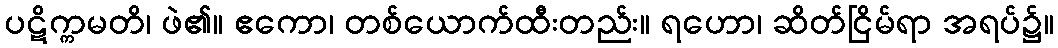
ပဋိက္ကမတိ၊ ဖဲ၏။ ဧကော၊ တစ်ယောက်ထီးတည်း။ ရဟော၊ ဆိတ်ငြိမ်ရာ အရပ်၌။